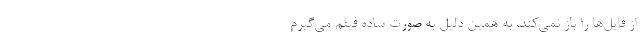
از فایل‌ها را باز نمی‌کند، به همین دلیل به صورت ساده فیلم می‌گیرم